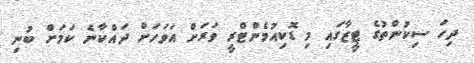
ދިހަ ސިކުންތުގެ ޓީޒާގައި މި ޑޮކިއުމެންޓްރީ ވަރަށް އަވަހަށް ދައްކާނެ ކަމަށް ބުނި